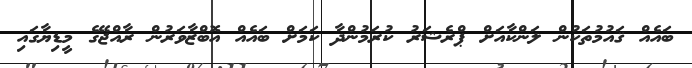
ބައެއް ޤައުމުތަކުން ލަންކާއަށް ޕްރެޝަރު ކުރަމުންދާ ކަމަށް ބައެއް އޮބްޒާވަރުން ރާއްޖޭގެ މީޑިޔާގައި